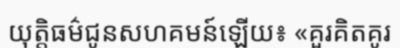
យុត្តិធម៌ជូនសហគមន៍ឡើយ៖ «គួរគិតគូរ